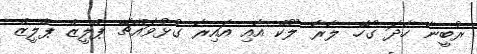
ރުބީނާ ހާދަ ގޯހޭ. ލާރާ ލޫކް އާއި އައިރާ ގުޅުވައްޗޭ ޕްލީޒް ޕްލީޒް